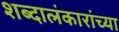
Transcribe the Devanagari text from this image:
शब्दालंकारांच्या